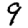
Digit: 9